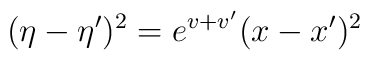
(\eta -\eta')^2 = e^{v+v'} (x-x')^2